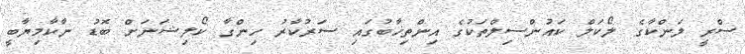
ސްރީ ލަންކާގެ ލޯކަލް ކައުންސިލްތަކުގެ އިންތިޚާބުގައި ސަރުކާރު ހިންގާ ކޯލިޝަނަށް ބޮޑު ނާކާމިޔާބީ